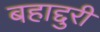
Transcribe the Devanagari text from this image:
बहाद्दुरी